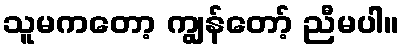
သူမကတော့ ကျွန်တော့် ညီမပါ။